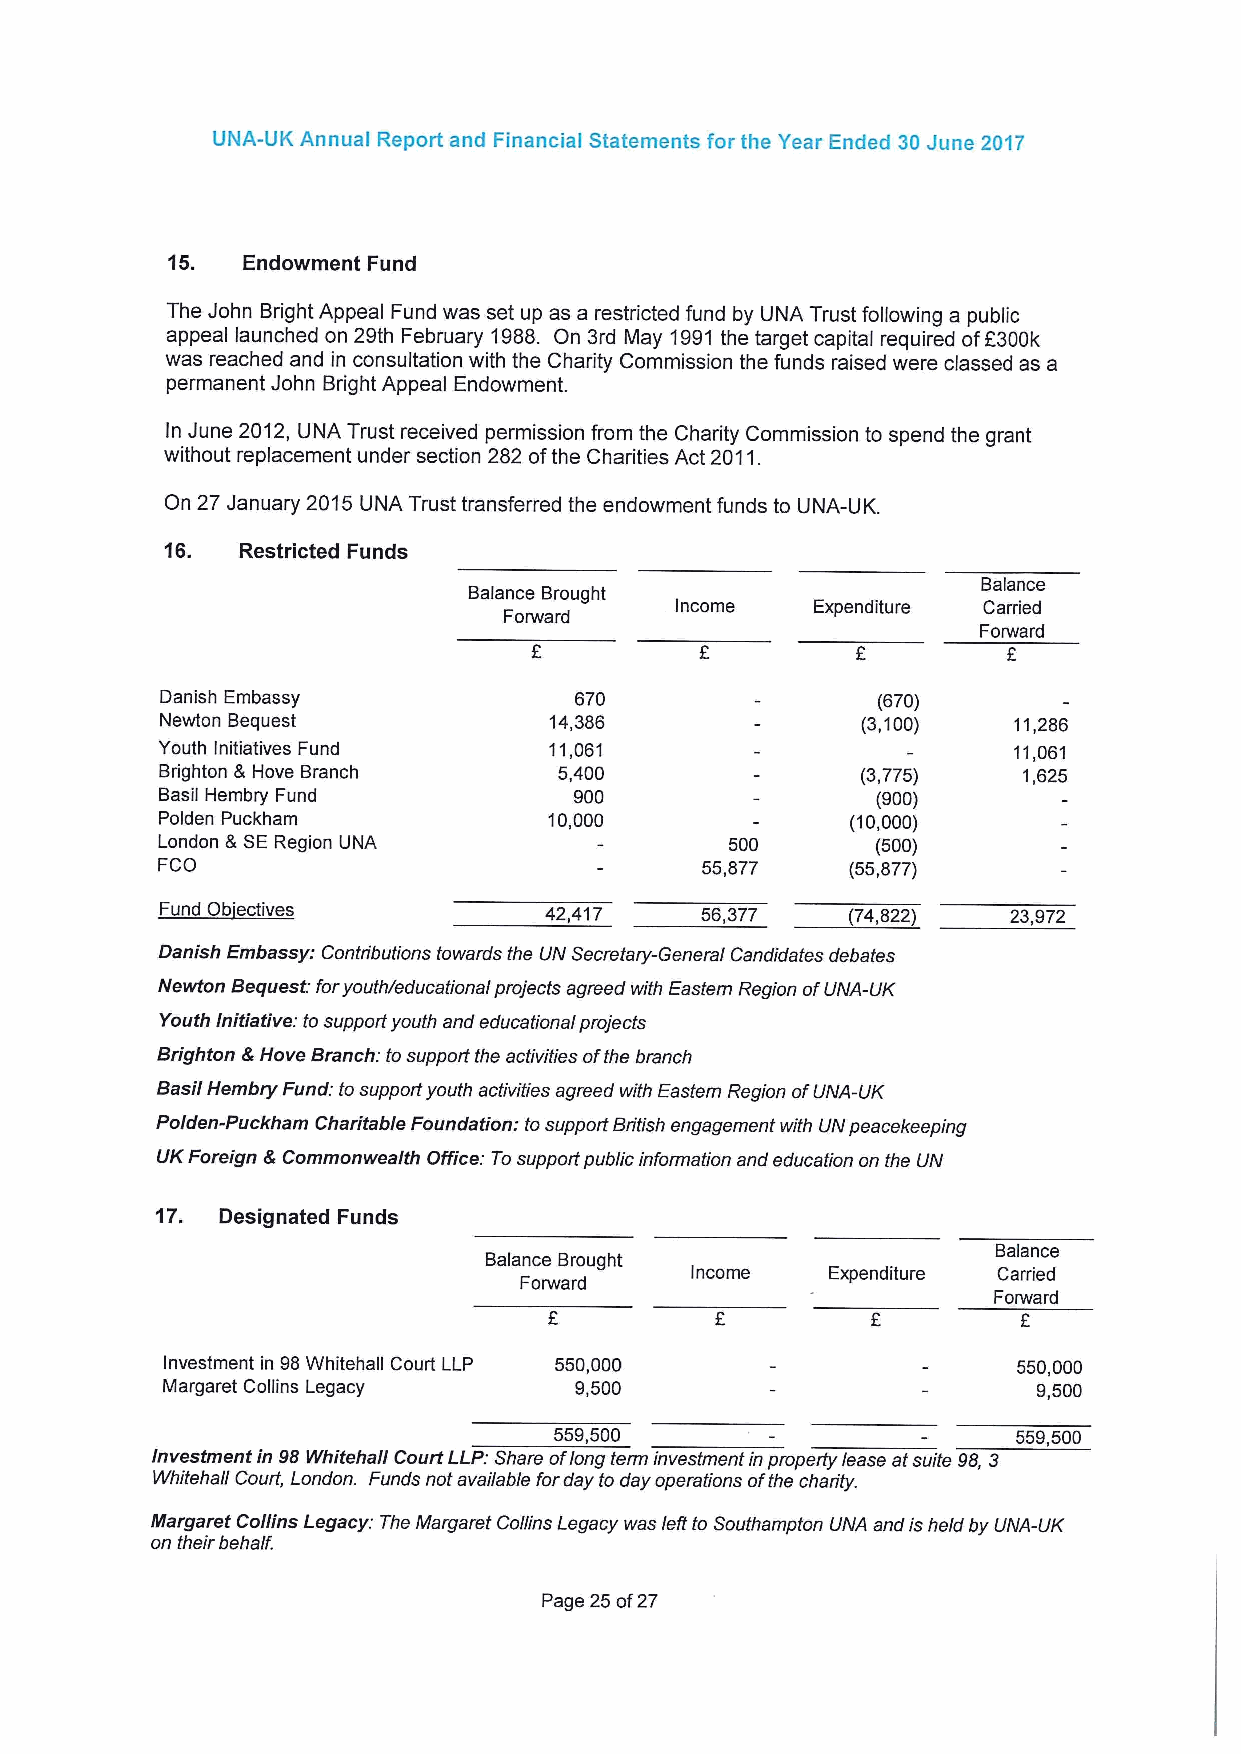
UNA-UK Annual Report and Financial Statements for the Year Ended 30 June 20'l7
 15.  Endowment Fund
 The John Bright Appeal Fund was set up as a restricted fund by UNA Trust following a public
 appeal launched on 29th February 1988. On 3rd May 1991the target capital required ofF300k
 was reached and in consultation with the Charity Commission the funds raised were classed as a
 permanent John Bright Appeal Endowment.
 ln June 2012, UNA Trust received permission from the Charity Commission to spend the grant
 without replacement under section 282 ofthe Charities Act 2011.
 On 27 January 2015UNA Trust transferred the endowment funds to UNA-UK.
 16.  Restricted Funds
 Balance
 Balance Brought
 Income   Expenditure Carried
 Forward
 Forward
 Danish Embassy             670                 (670)
 Newton Bequest           14,386               (3,100)   11,286
 Youth Initiatives Fund    11,061                         11,061
 Brighton &Hove Branch     5,400               (3,775)    1,625
 Basil Hembry Fund           900                 (900)
 Polden Puckham            10,000              (10,000)
 London 8 SERegion UNA                 500       (500)
 FCO                                 55,877    (55,877)
 Fund Ob'ectives          42,417    56,377    (74,822)   23,972
 Danish Embassy: Contributions towards the UN Secretary-General Candidates debates
 Newton Bequest: foryouthleducatr'onal projects agreed with Eastern Region ofUNA-UK
 Youth Initiative: tosupport youth and educational projects
 Brighton &Hove Branch: tosupport the activities ofthe branch
 Basil Hembry Fund: tosupport youth activities agreed with Eastern Region ofUNA-UK
 Polden-Puckham Charitable Foundation: tosupport British engagement with UN peacekeeping
 UKForeign 8 Commonwealth Office: Tosupport publicinformation and education on the UN
 17. Designated Funds
 Balance
 Balance Brought
 Income   Expenditure Carried
 Forward
 Forward
 Investment in 98Whitehall Court LLP 550,000             550,000
 Margaret Collins Legacy    9,500                          9,500
 559,500                       559,500
 Investmentin 98Whitehall Court LLP: Share oflong terminvestmentin property lease atsuite 98, 3
 Whitehall Court, London. Funds not available forday to day operations ofthe charity.
 Margaret Collins Legacy: The Margaret Collins Legacy was lett to Southampton UNA andis held by UNA-UK
 on their behalf.
 Page 25of27